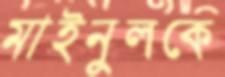
মাইনুলকে